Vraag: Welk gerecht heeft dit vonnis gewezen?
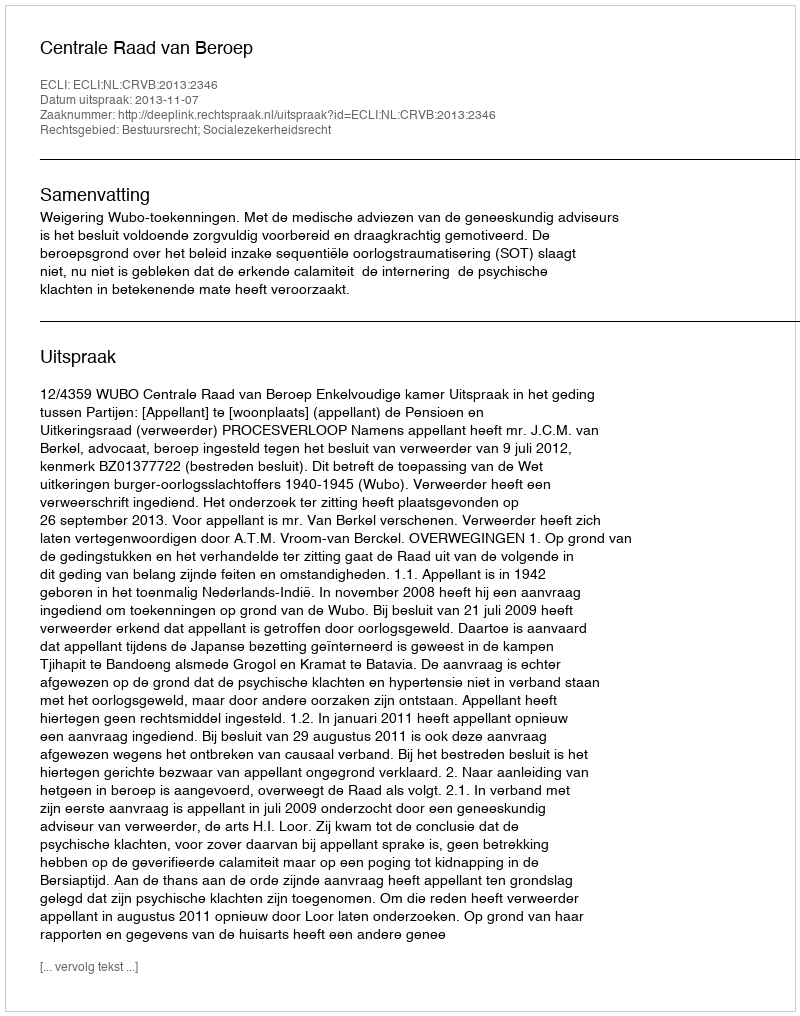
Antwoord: Centrale Raad van Beroep